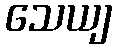
သေယျ